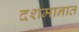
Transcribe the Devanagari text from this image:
दशमानात